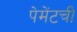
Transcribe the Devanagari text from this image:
पेमेंटची